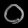
Digit: ၀